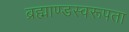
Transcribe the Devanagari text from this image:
ब्रह्माण्डस्वरूपता